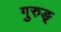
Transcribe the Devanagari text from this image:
गुरुङ्‌